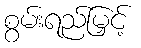
စွမ်းရည်မြှင့်